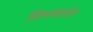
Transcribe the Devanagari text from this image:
विभवातंर